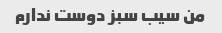
من سیب سبز دوست ندارم